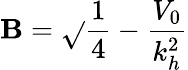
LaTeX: \mathbf{B}=\sqrt{}{{\frac{{1}}{{4}}-\frac{{V_{0}}}{{k_{h}^{2}}}}}